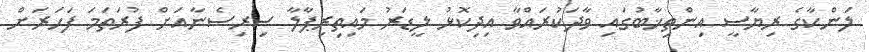
ލަންކާގެ ރިޔާސީ އިންތިޚާބުގައި ވާދަކުރައްވާ އިދިކޮޅު ލީޑަރު މައިތިރިޕާލާ ސިރިސެނާއަށް ފުރަތަމަ ފަހަރަށް